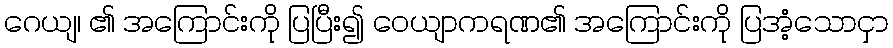
ဂေယျ၊ ၏ အကြောင်းကို ပြပြီး၍ ဝေယျာကရဏ၏ အကြောင်းကို ပြအံ့သောငှာ